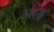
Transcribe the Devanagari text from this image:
आढ़ू